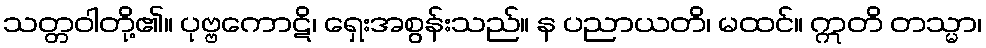
သတ္တဝါတို့၏။ ပုဗ္ဗကောဋိ၊ ရှေးအစွန်းသည်။ န ပညာယတိ၊ မထင်။ ဣတိ တသ္မာ၊